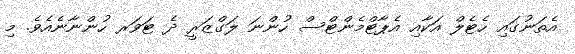
އެތަނުގައި ހެޓެލް އަކާއި އެޕާޓްމެންޓްސް ހުންނަ ލަގްޒަރީ ދެ ޓަވަރ ހުންނާނެއެވެ. މި